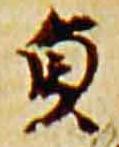
貞